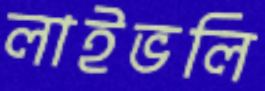
লাইভলি